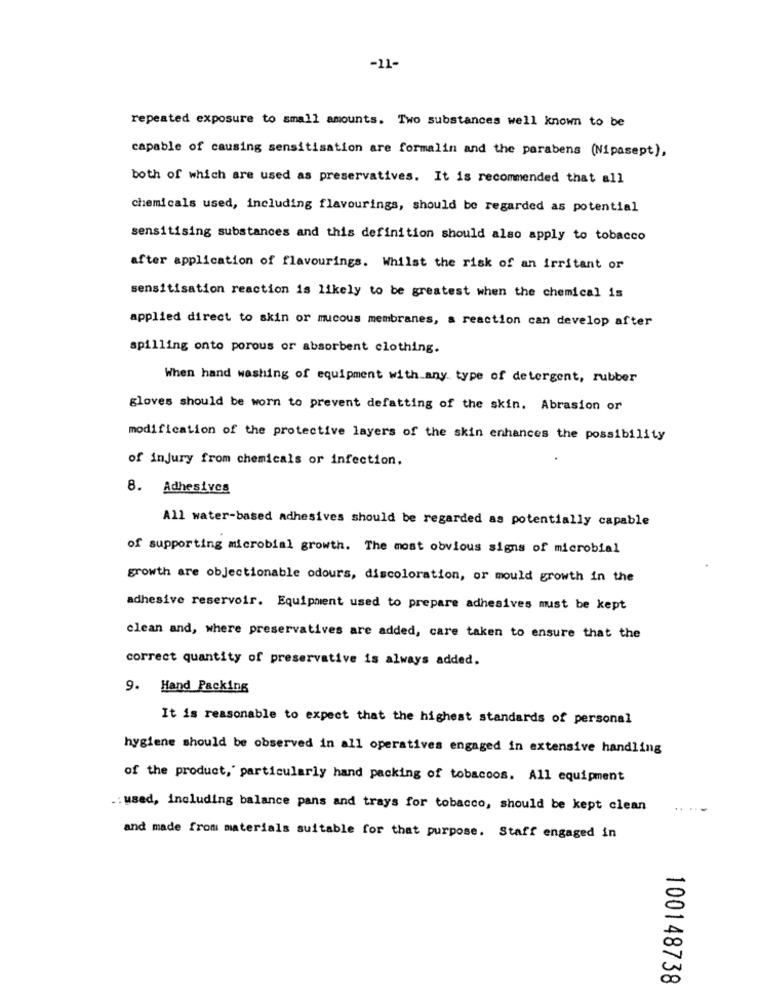
-11-
repeated exposure to small amounts. Two substances well known to be
capable of causing sensitisation are formalin and the parabens (Nipasept),
both of which are used as preservatives. It is recommended that all
chemicals used, including flavourings, should be regarded as potential
sensitising substances and this definition should also apply to tobacco
after application of flavourings. Whilst the risk of an irritant or
sensitisation reaction is likely to be greatest when the chemical is
applied direct to skin or mucous membranes, a reaction can develop after
spilling onto porous or absorbent clothing.
When hand washing of equipment with any type of detergent, rubber
gloves should be worn to prevent defatting of the skin. Abrasion or
modification of the protective layers of the skin enhances the possibility
of injury from chemicals or infection.
8. Adhesivos
All water-based adhesives should be regarded as potentially capable
of supporting microbial growth. The most obvious signs of microbial
growth are objectionable odours, discoloration, or mould growth in the
adhesive reservoir. Equipment used to prepare adhesives must be kept
clean and, where preservatives are added, care taken to ensure that the
correct quantity of preservative is always added.
9. Hand Packing
It is reasonable to expect that the highest standards of personal
hygiene should be observed in all operatives engaged in extensive handling
of the product, particularly hand packing of tobacoos. All equipment
.: used, including balance pans and trays for tobacco, should be kept clean
and made from materials suitable for that purpose. Staff engaged in
100148738